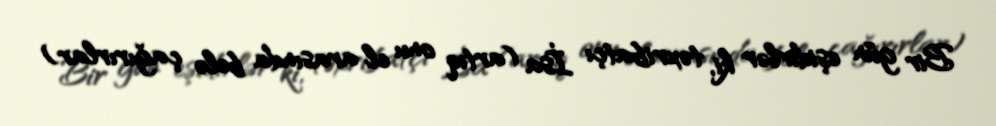
Bir gün eşidirlər ki, təxribatçı İsa (artıq onu el arasında belə çağırırlar)